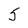
Character: 5